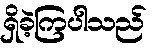
ရှိခဲ့ကြပါသည်